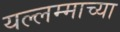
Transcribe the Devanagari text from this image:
यल्लम्माच्या